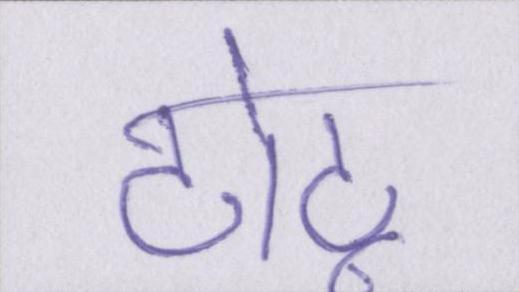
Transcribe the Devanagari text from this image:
टोटू